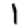
Digit: 1